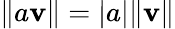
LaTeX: \| a\mathbf{v}\| =|a|\| \mathbf{v}\|